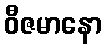
ဝီဇမာနော